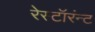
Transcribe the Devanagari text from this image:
रेस्टॉरंन्ट